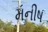
મનીષ